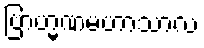
ဗြာဟ္မဏမဟာသာလံ